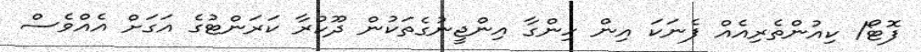
ފޮޓޯ/ ކިއުންތެެރިއެއް ފެނަކަ އިން ހިންގާ އިންޖީނުގެތަކުން ދޫކުރާ ކަރަންޓުގެ އަގަށް އެއްވެސް